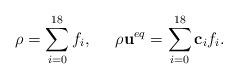
LaTeX: \begin{align*}\rho = \sum\limits_{i = 0}^{18} {{f_i}} ,\;\;\;\;\;\rho {{\bf{u}}^{eq}} = \sum\limits_{i = 0}^{18} {{{\bf{c}}_i}{f_i}} .\end{align*}